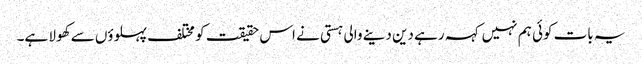
یہ بات کوئی ہم نہیں کہہ رہے دین دینے والی ہستی نے اس حقیقت کو مختلف پہلوؤں سے کھولا ہے۔